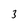
Character: 3